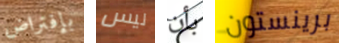
بإفتراض ليس بأن برينستون